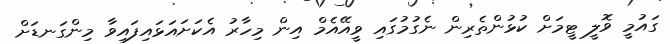
ގައުމީ ވޮލީ ޓީމަށް ކުޅުންތެރިން ނެގުމުގައި ވީއޭއެމް އިން މިހާރު އެކަށައަޅައިފައިވާ މިންގަނޑަށް